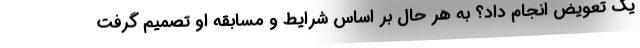
یک تعویض انجام داد؟ به هر حال بر اساس شرایط و مسابقه او تصمیم گرفت